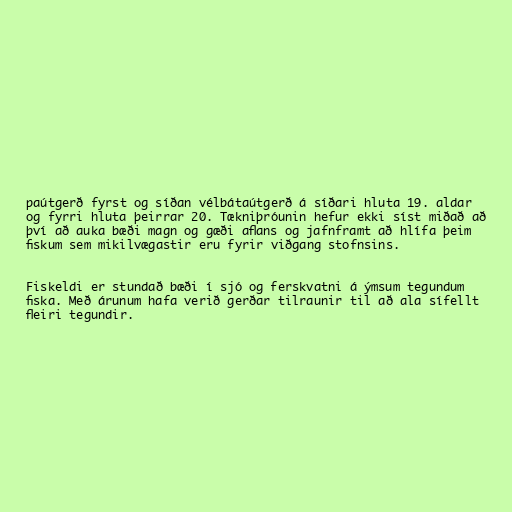
paútgerð fyrst og síðan vélbátaútgerð á síðari hluta 19. aldar
og fyrri hluta þeirrar 20. Tækniþróunin hefur ekki síst miðað að
því að auka bæði magn og gæði aflans og jafnframt að hlífa þeim
fiskum sem mikilvægastir eru fyrir viðgang stofnsins.

Fiskeldi er stundað bæði í sjó og ferskvatni á ýmsum tegundum
fiska. Með árunum hafa verið gerðar tilraunir til að ala sífellt
fleiri tegundir.